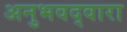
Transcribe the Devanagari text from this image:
अनुभवद्वारा